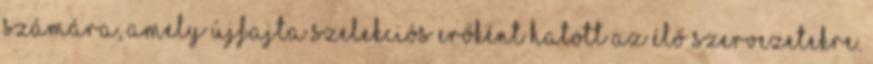
számára, amely újfajta szelekciós erőként hatott az élő szervezetekre.